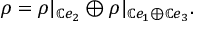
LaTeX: \rho = \rho | _ { \mathbb { C } e _ { 2 } } \oplus \rho | _ { \mathbb { C } e _ { 1 } \oplus \mathbb { C } e _ { 3 } } .